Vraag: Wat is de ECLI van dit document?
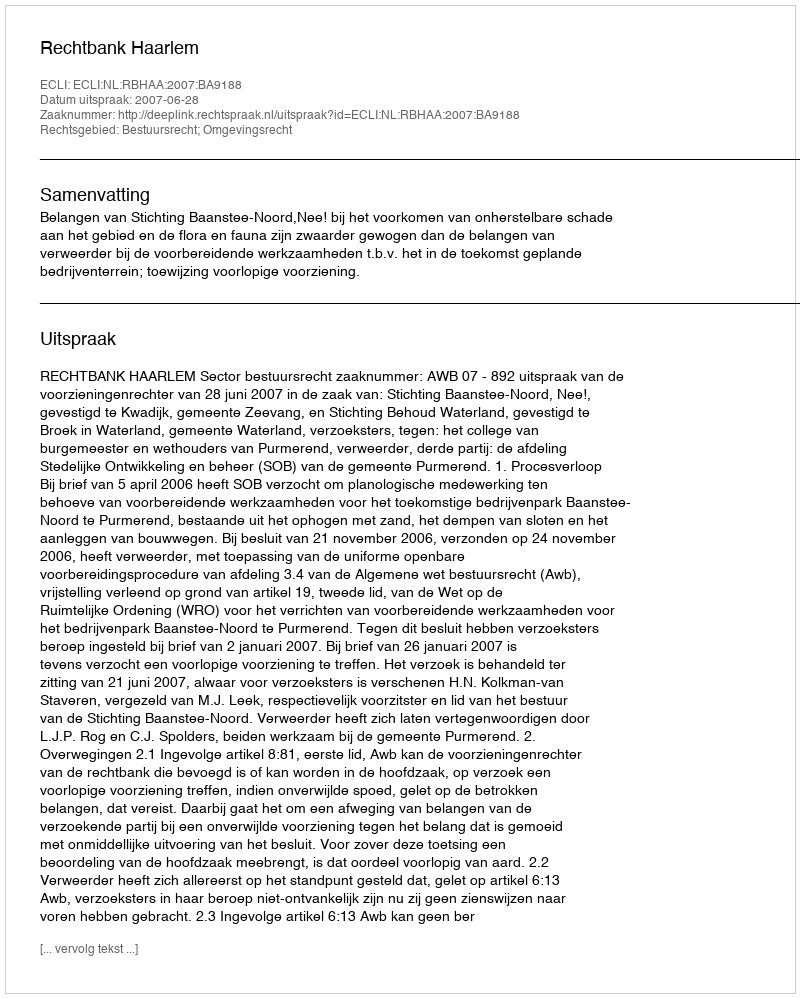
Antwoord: ECLI:NL:RBHAA:2007:BA9188